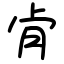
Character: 肻